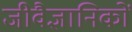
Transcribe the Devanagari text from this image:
जीवैज्ञानिकों